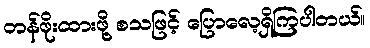
တန်ဖိုးထားဖို့ စသဖြင့် ပြောလေ့ရှိကြပါတယ်။